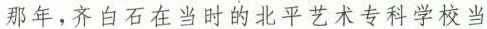
那年，齐白石在当时的北平艺术专科学校当